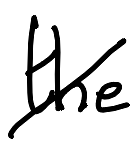
Text: the
Cross-out: mix
Writing tool: digital_black